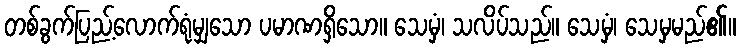
တစ်ခွက်ပြည့်လောက်ရုံမျှသော ပမာဏရှိသော။ သေမှံ၊ သလိပ်သည်။ သေမှံ၊ သေမှမည်၏။